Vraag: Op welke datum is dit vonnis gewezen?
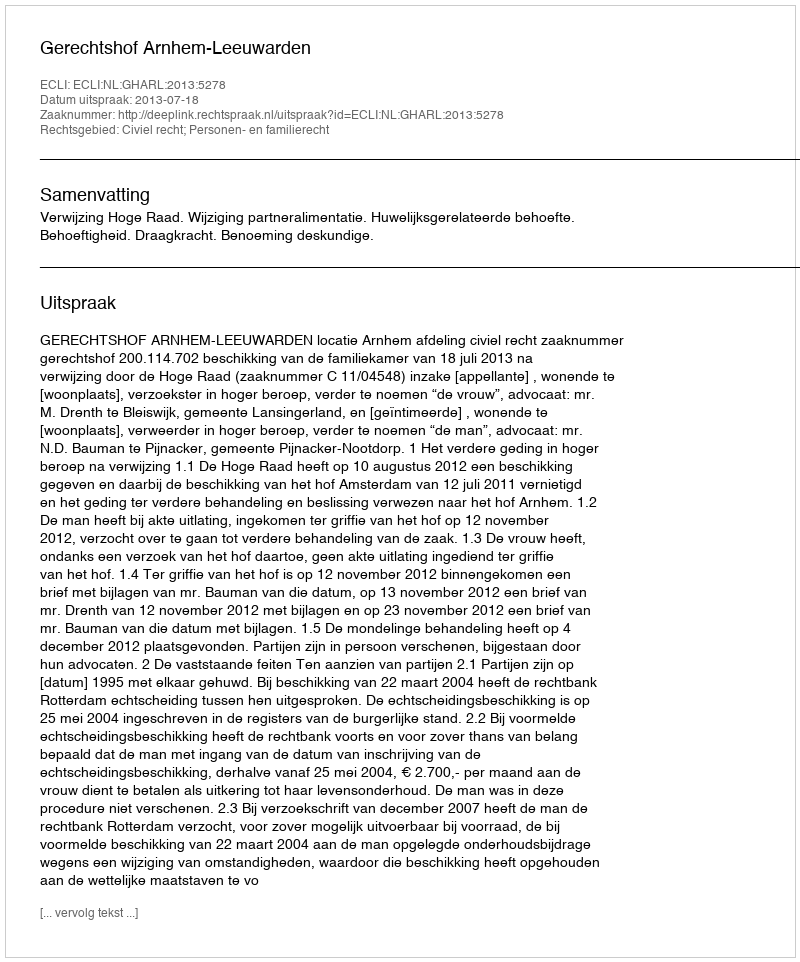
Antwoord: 2013-07-18